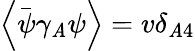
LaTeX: \left\langle\overset{\_ }{\psi}\gamma_{\mathit{A}}\psi\right\rangle=v\delta_{\mathit{A}4}